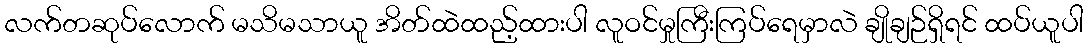
လက်တဆုပ်လောက် မသိမသာယူ အိတ်ထဲထည့်ထားပါ လူဝင်မှုကြီးကြပ်ရေမှာလဲ ချိုချဉ်ရှိရင် ထပ်ယူပါ